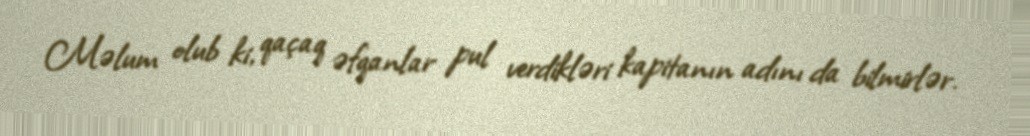
Məlum olub ki, qaçaq əfqanlar pul verdikləri kapitanın adını da bilmirlər.